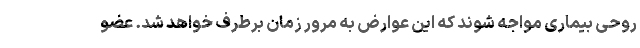
روحی بیماری مواجه شوند که این عوارض به مرور زمان برطرف خواهد شد. عضو